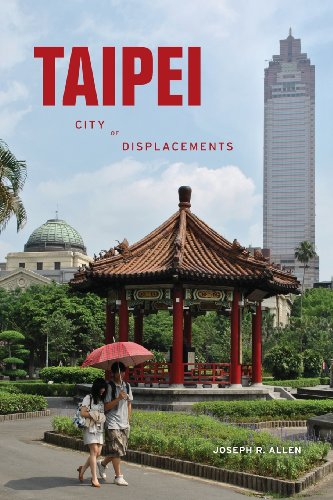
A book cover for Taipei: City of Displacements (McLellan Endowed Series); Joseph Allen; Travel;